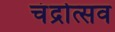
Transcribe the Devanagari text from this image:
चंद्रोत्सव